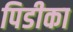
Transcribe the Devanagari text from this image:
पिडीका